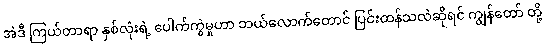
အဲဒီ ကြယ်တာရာ နှစ်လုံးရဲ့ ပေါက်ကွဲမှုဟာ ဘယ်လောက်တောင် ပြင်းထန်သလဲဆိုရင် ကျွန်တော် တို့